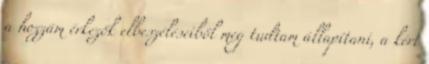
a hozzám érkezők elbeszéléseiből meg tudtam állapítani, a kért